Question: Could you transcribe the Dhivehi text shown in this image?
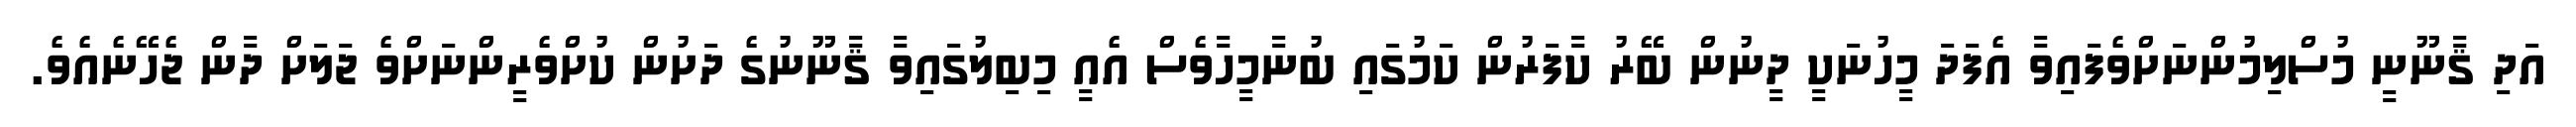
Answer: އަދި ޤާނޫނީ މުސްލިމުންނަށްވެފައިވާ އެފަދަ މީހުނަކީ ދީނުން ބޭރު ކާފަރުން ކަމުގައި ބުނާމީހާވެސް އެއީ މިބިލުގައިވާ ޤާނޫނުގެ ދަށުން ކުށްވެރީންނަށްވެ ޖަލަށް ދާން ޖެހޭނެއެވެ.